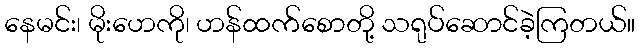
နေမင်း၊ မိုးဟေကို၊ ဟန်ထက်စောတို့ သရုပ်ဆောင်ခဲ့ကြတယ်။